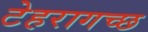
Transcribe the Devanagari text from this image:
टेहरागच्छ